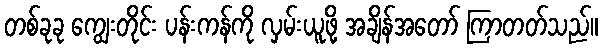
တစ်ခုခု ကျွေးတိုင်း ပန်းကန်ကို လှမ်းယူဖို့ အချိန်အတော် ကြာတတ်သည်။